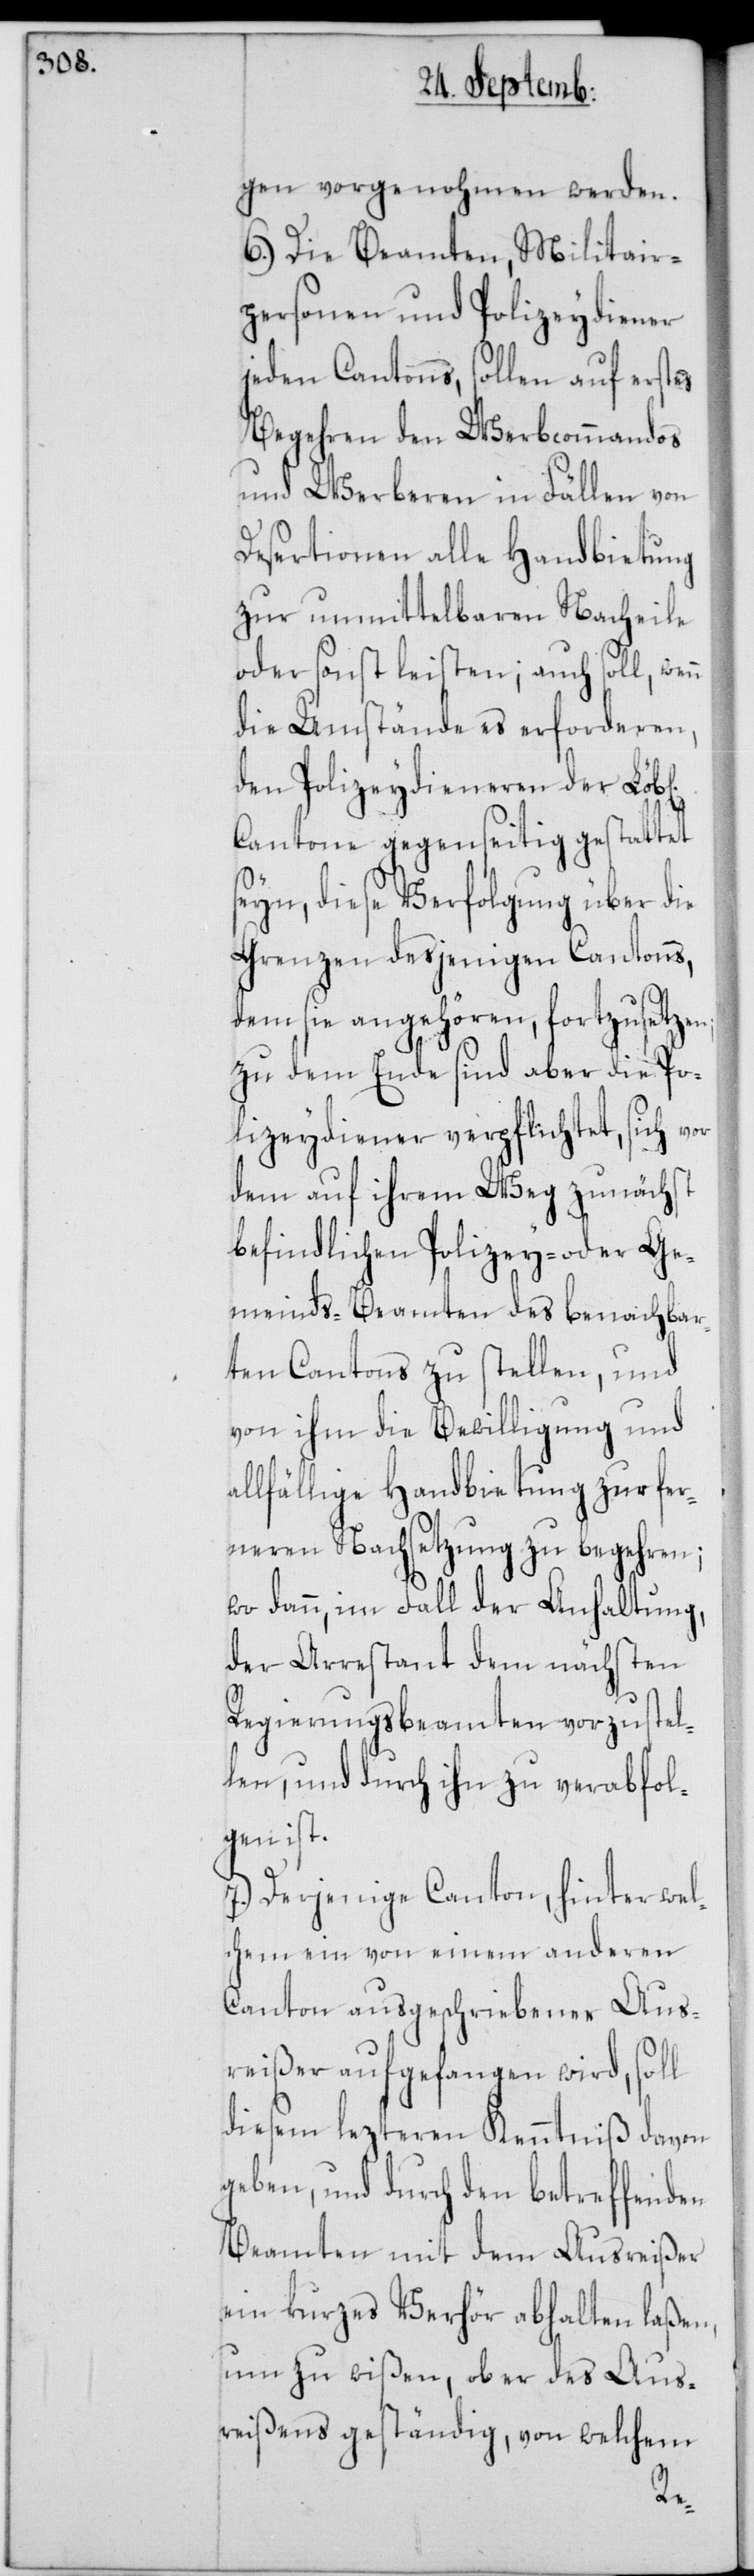
gen vorgenohmen werden.
6.) Die Beamten, Militair¬
personen und Polizeydiener
jeden Cantons, sollen auf erstes
Begehren den Werbcommandos
und Werberen in Fällen von
Desertionen alle Handbietung
zur unmittelbaren Nacheile
oder sonst leisten; auch soll, wenn
die Umstände es erforderen,
den Polizeydieneren der
Cantone gegenseitig gestattet
seyn, diese Verfolgung über die
Grenzen desjenigen Cantons,
dem sie angehören, fortzusetzen;
zu dem Ende sind aber die Po¬
lizeydiener verpflichtet, sich vor
dem auf ihrem Weg zunächst
befindlichen Polizey- oder Ge¬
meinds-Beamten des benachbar¬
ten Cantons zu stellen, und
von ihm die Bewilligung und
allfällige Handbietung zur fer¬
neren Nachsetzung zu begehren;
wo dann, im Fall der Anhaltung,
der Arrestant dem nächsten
Regierungsbeamten vorzustel¬
len, und durch ihn zu verabfol¬
gen ist.
7.) Derjenige Canton, hinter wel¬
chem ein von einem anderen
Canton ausgeschriebener Aus¬
reißer aufgefangen wird, soll
diesem lezteren Kenntniß davon
geben, und durch den betreffenden
Beamten mit dem Ausreißer
ein kurzes Verhör abhalten laßen,
um zu wißen, ob er des Aus¬
reißens geständig, von welchem